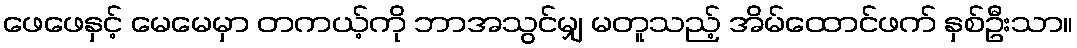
ဖေဖေနှင့် မေမေမှာ တကယ့်ကို ဘာအသွင်မျှ မတူသည့် အိမ်ထောင်ဖက် နှစ်ဦးသာ။